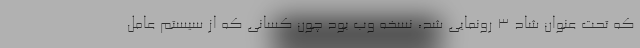
که تحت عنوان شاد ۳ رونمایی شد، نسخه وب بود چون کسانی که از سیستم عامل